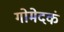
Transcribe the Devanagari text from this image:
गोमेदकं